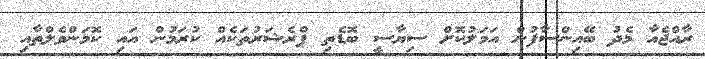
ރާއްޖެއާ މެދު ބޭއިންސާފުން އަމަލުކޮށް ސިޔާސީ ބޮޑެތި ޕްރެޝަރުތަކެއް ކުރަމުން އައި ކޮމަންވެލްތާއި